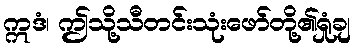
ဣဒံ၊ ဤသို့သီတင်းသုံးဖော်တို့၏ရှုံချ